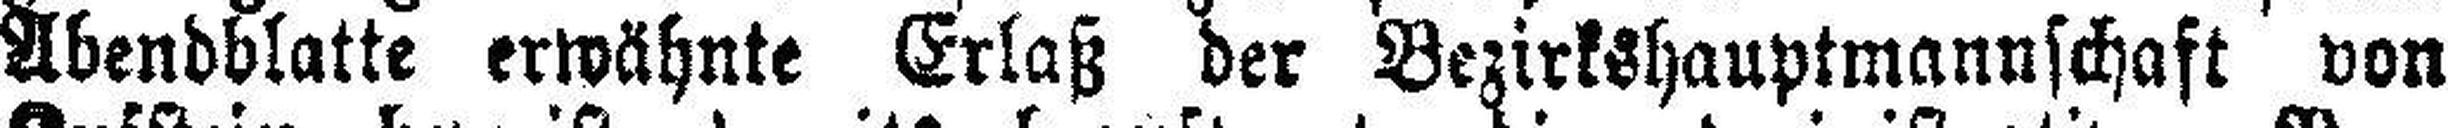
Abendblatte erwähnte Erlaß der Bezirkshauptmannschaft von